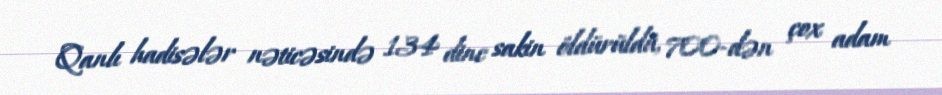
Qanlı hadisələr nəticəsində 134 dinc sakin öldürüldü, 700-dən çox adam